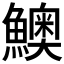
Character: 𩼈